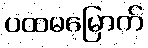
ပထမမြောက်